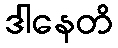
ဒါနေတိ